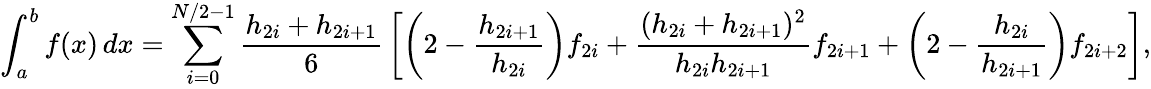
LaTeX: \int_{a}^{b}f(x)\, dx=\sum_{i=0}^{N/2-1}{\frac{h_{2i}+h_{2i+1}}{6}}\left[\left(2-{\frac{h_{2i+1}}{h_{2i}}}\right)f_{2i}+{\frac{(h_{2i}+h_{2i+1})^{2}}{h_{2i}h_{2i+1}}}f_{2i+1}+\left(2-{\frac{h_{2i}}{h_{2i+1}}}\right)f_{2i+2}\right],